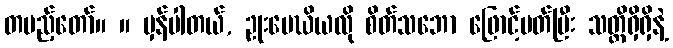
တပည့်တော်။ ။ မှန်ပါတယ်, ဥုးမေဃိယလို စိတ်သဘော ဖြောင့်မတ်ပြီး သတ္တိရှိရှိနဲ့